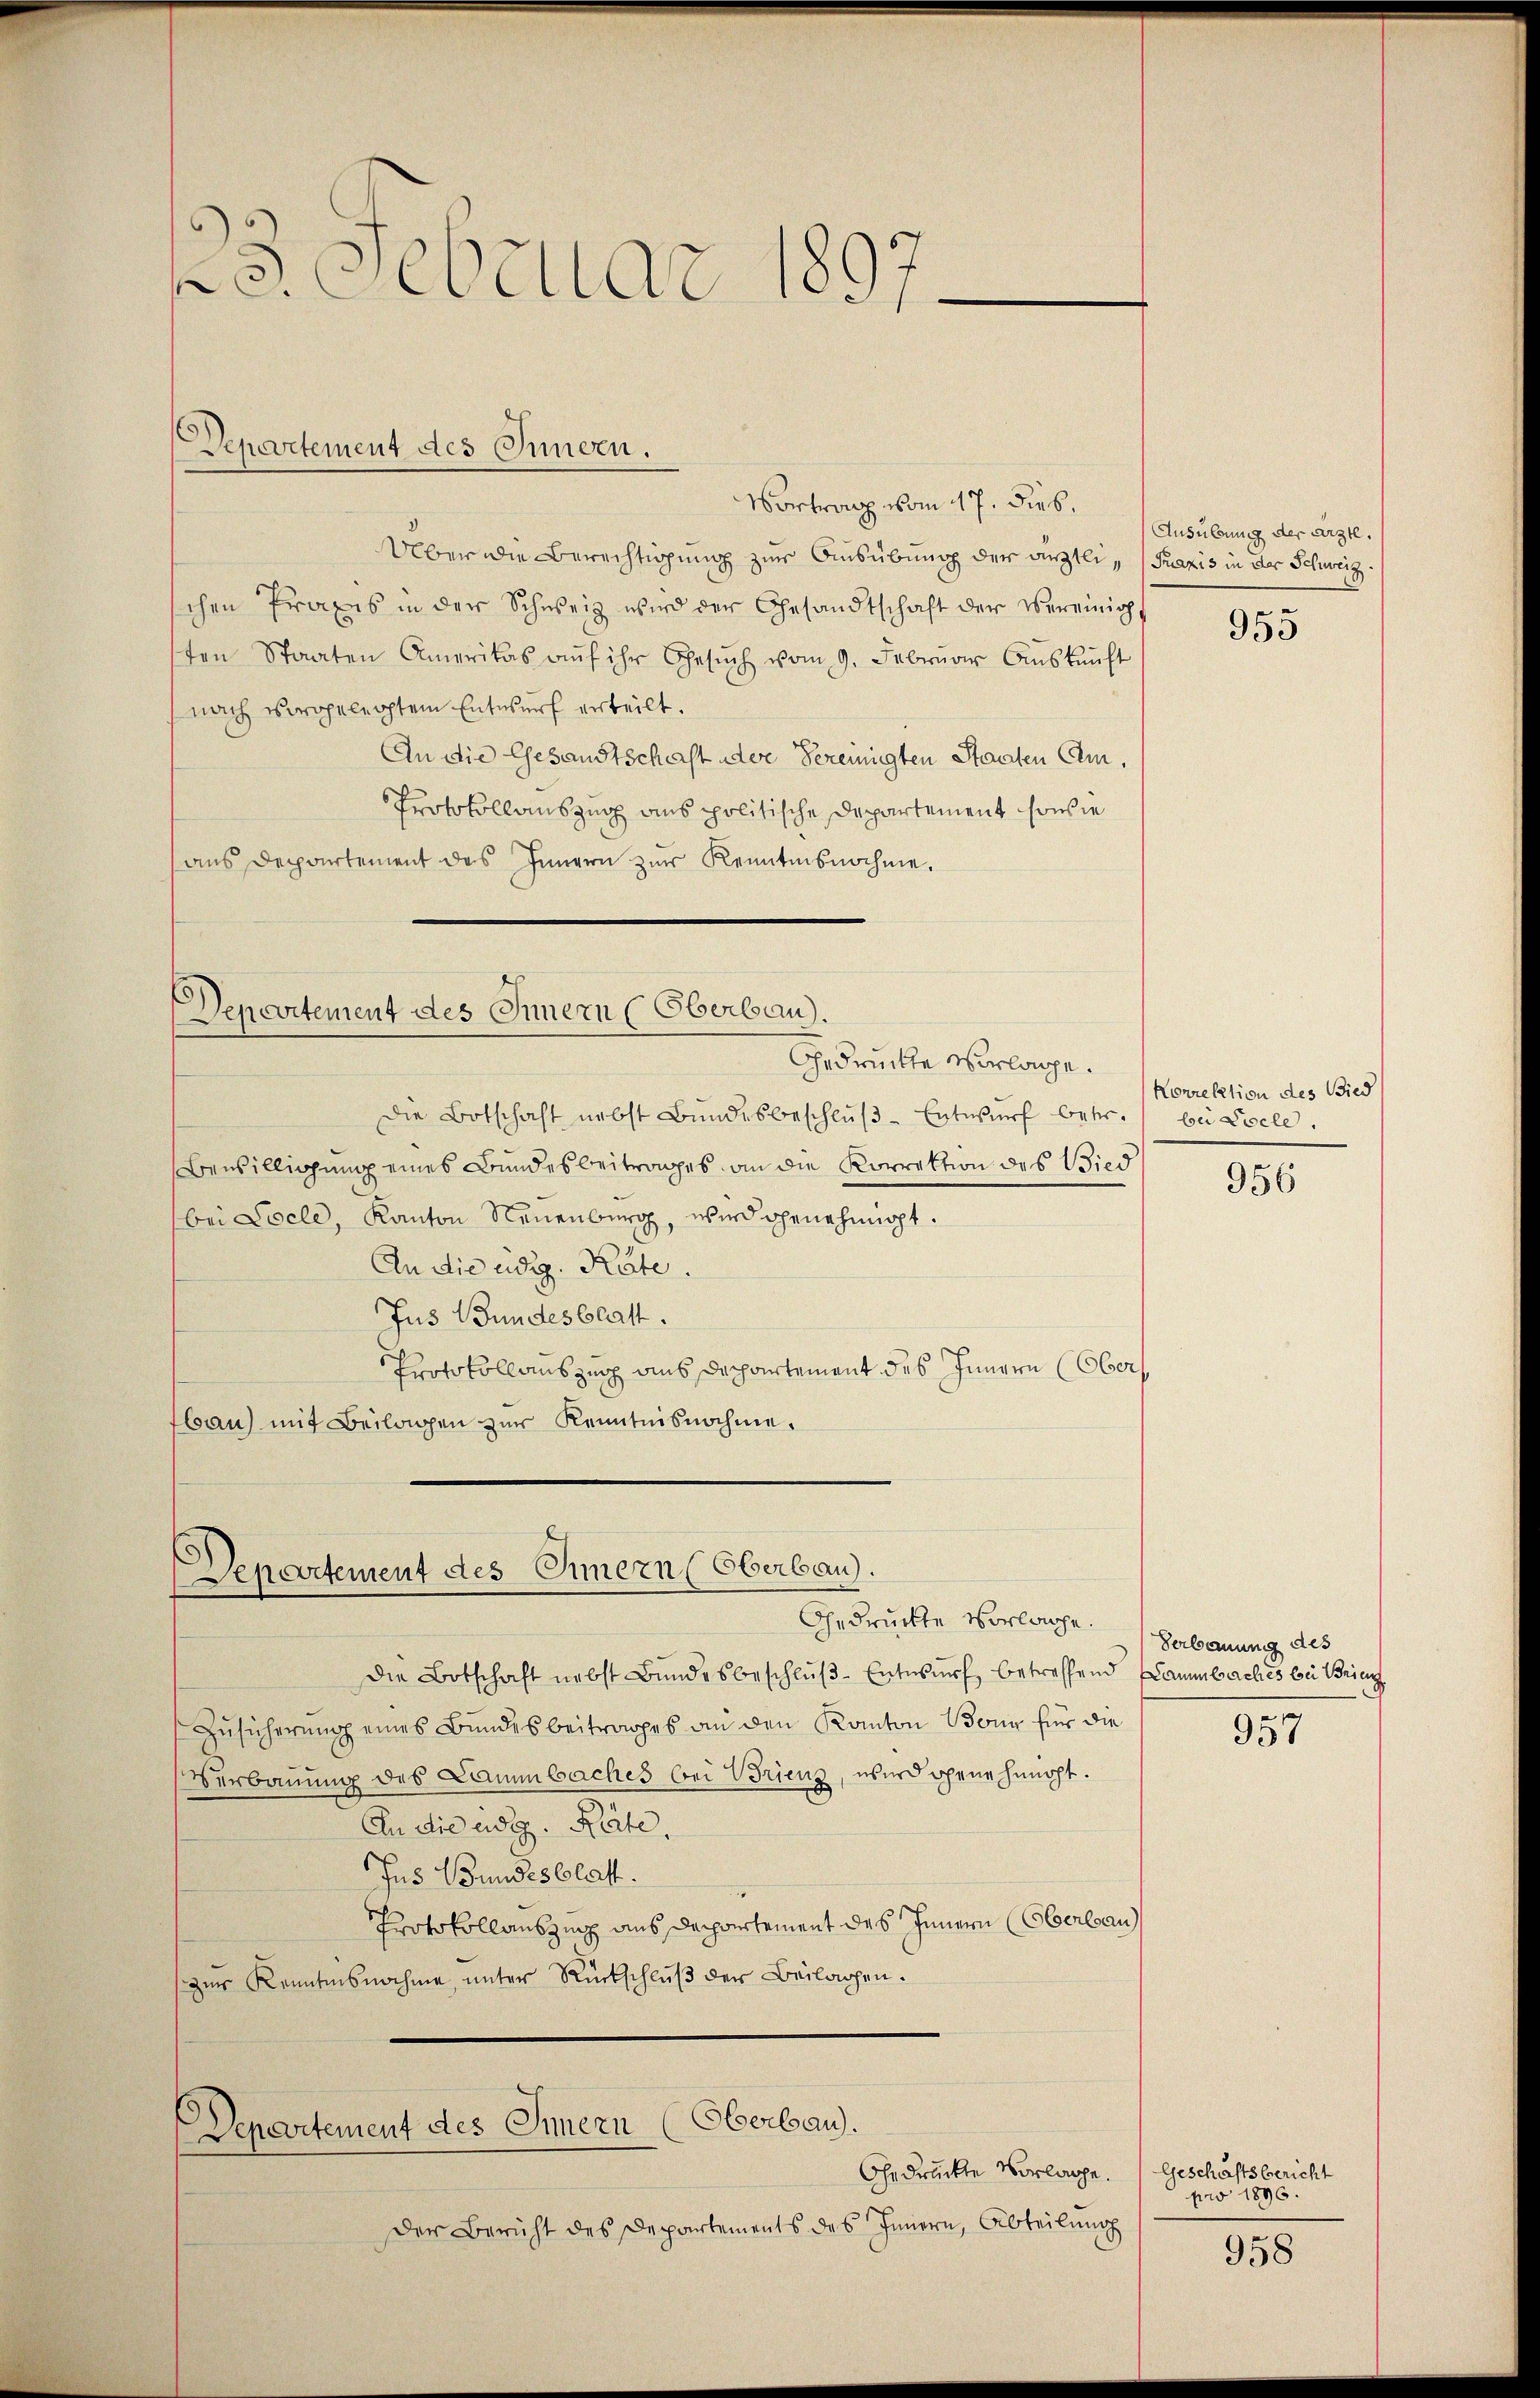
23. Februar 1897

Departement des Innern.

Vortrag vom 17. Dieb.
Über die Berechtigung zur Ausübung der ärztli- Praxis in der Schweiz.
schen Praxis in der Schweiz wird der Gesandtschaft der Vereinig
sten Staaten Amerikas aŭf ihr Gesŭch vom 9. Febrŭar Aŭskŭnft
nach vorgelegtem Entwurf erteilt.
An die Gesandtschaft der Vereinigten Staaten Em¬
Protokollauszug aus politische Departement, sowie
aŭs Departement des Innern zŭr Kenntnisnahme.

Departement des Innern (Oberbau).
Gedrücke vorlage.

Departement des Innern (Oberbau).
Gedrückte Vorlage.

Departement des Innern (Oberbau.

Die Botschaft nebst Bŭndesbeschlŭβ-Entwŭrf betr. bei Coele.
Bewilligung eines Bundesbeitrages an die Korrektion des Wied
bei Pocle, Kanton Neuenburg, wird genehmigt.
An die eidg. Räte.
Jus Bundesblatt.
Protokollauszug aus Departement des Innern (Ober
fbau) mit Beilagen zur Kenntnisnahme.

Gedrückte Vorlage. Geschäftsbericht
Der Bericht des Departements des Innern, Abteilung

Die Botschaft nebst Bŭndesbeschlŭβ-Entwurf betreffend Dammbaches bei Brinz
Zusicherung eines Bundesbeitrages an den Kanton Bonn für die
Verbauung des Lammbaches bei Brienz, wird gene heucht.
An die eidg. Pete
Jus Bundesblatt.
Protokollauszug aus Departement des Innern (Eberlau
zur Kenntnisnahme, unter Rückschluß der Beilagen.

Ausübung der Arzte.

955

Korrektion des Bied
956

Verbauung des

957

pro 1896.

958